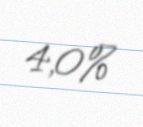
4,0%